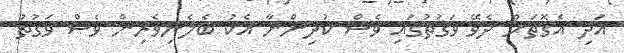
އަދި އެގޮތަށް ދެވޭ ވަގުތުގައި ވެސް ކުދިންނާ އެކު ބެލެނިވެރިން ވެސް ވަގުތު